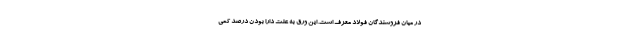
در میان فروشندگان فولاد معرف است. این ورق به علت دارا بودن درصد کمی